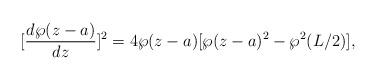
LaTeX: \begin{align*}[\frac{d\wp(z-a)}{dz}]^2=4 \wp(z-a)[\wp(z-a)^2-\wp^2(L/2)],\end{align*}